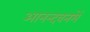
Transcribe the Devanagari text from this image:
आनन्दवनमें